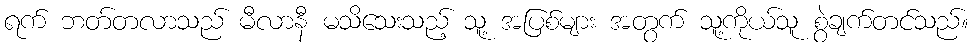
ရက် ဘတ်တလာသည် မီလာနီ မသိသေးသည့် သူ့ အပြစ်များ အတွက် သူ့ကိုယ်သူ စွဲချက်တင်သည်။